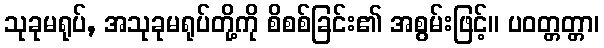
သုခုမရုပ်, အသုခုမရုပ်တို့ကို စိစစ်ခြင်း၏ အစွမ်းဖြင့်။ ပဝတ္တတ္တာ၊